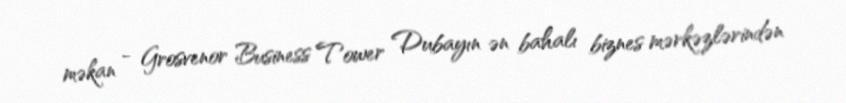
məkan - Grosvenor Business Tower Dubayın ən bahalı biznes mərkəzlərindən